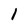
Character: 1